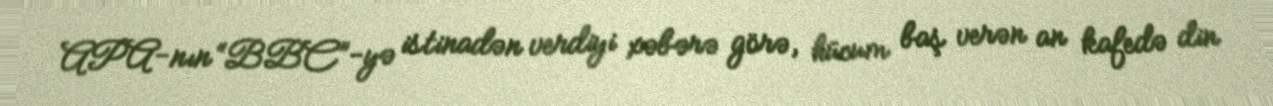
APA-nın “BBC”-yə istinadən verdiyi xəbərə görə, hücum baş verən an kafedə din